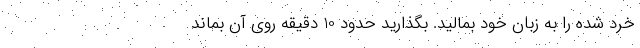
خرد شده را به زبان خود بمالید. بگذارید حدود 10 دقیقه روی آن بماند